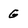
Character: g